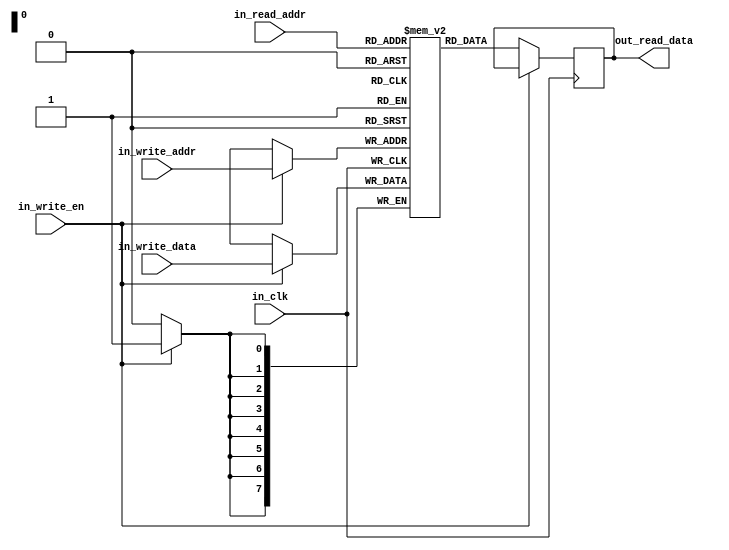
`timescale 1ns / 1ps

module ReferenceBlockMemory
	#(parameter DATA_WIDTH = 8, MEMORY_DEPTH = 256)
	
	(
    input in_clk,
    input in_write_en,
    input [$clog2(MEMORY_DEPTH)-1:0] in_write_addr, in_read_addr,
    input [DATA_WIDTH-1:0] in_write_data,
    output reg [DATA_WIDTH-1:0] out_read_data
	);
    
    reg [DATA_WIDTH-1:0]RefMemBlock[0:MEMORY_DEPTH-1];
    
    always @(posedge in_clk)begin
        if(in_write_en)begin
            RefMemBlock[in_write_addr] <= in_write_data;
        end
       else begin
           out_read_data <= RefMemBlock[in_read_addr];
       end
    end

endmodule